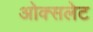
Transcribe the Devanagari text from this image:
ओक्सलेट